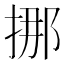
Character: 挪